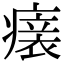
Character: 𤺀